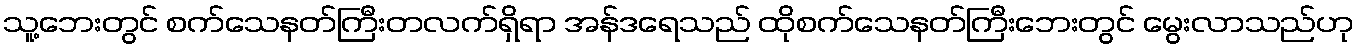
သူ့ဘေးတွင် စက်သေနတ်ကြီးတလက်ရှိရာ အန်ဒရေသည် ထိုစက်သေနတ်ကြီးဘေးတွင် မွေးလာသည်ဟု